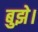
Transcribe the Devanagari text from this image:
बुझे।